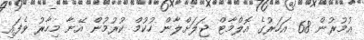
އުމުރުން 68 އަހަރުގެ އޮލްމާޓް ޖަލަށްލާން ހުކުމް ކުރުމުން އޭނާ މިހާރު ވެފައި